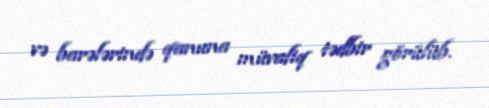
və barələrində qanuna müvafiq tədbir görülüb.